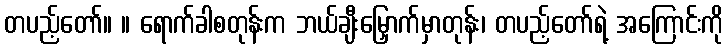
တပည့်တော်။ ။ ရောက်ခါစတုန်းက ဘယ်ချီးမြှောက်မှာတုန်း၊ တပည့်တော်ရဲ့ အကြောင်းကို